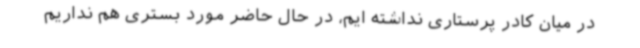
در میان کادر پرستاری نداشته ایم، در حال حاضر مورد بستری هم نداریم